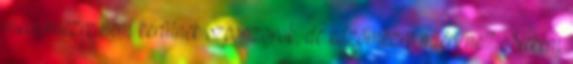
meccsmezre nem kerülnek szponzorok, de edzőmezre miért ne? Nekem